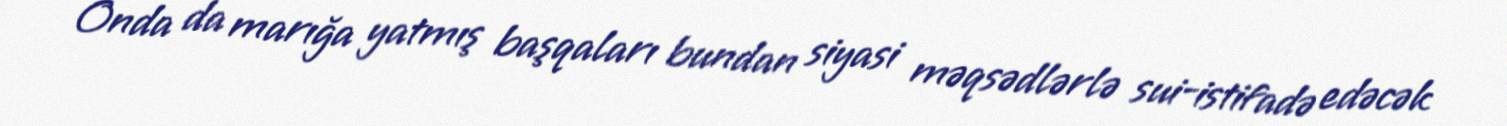
Onda da marığa yatmış başqaları bundan siyasi məqsədlərlə sui-istifadə edəcək